Vaccination in Bombay 1889-1901 - 1889-1901
Year: 1889
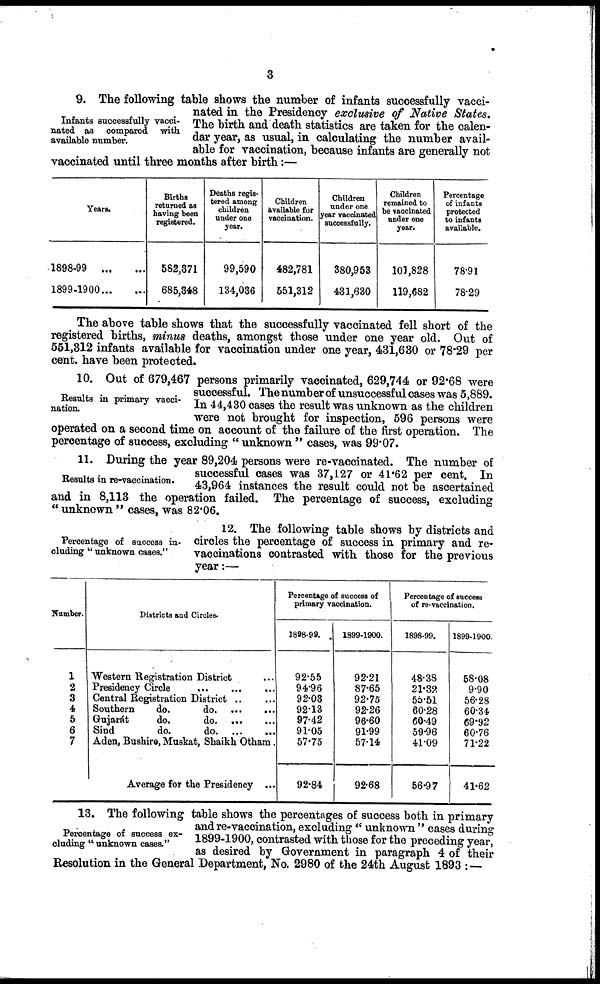
3
Infants successfully vacci-
nated as compared with
available number.
9. The following table shows the number of infants successfully vacci-
nated in the Presidency exclusive of Native States.
The birth and death statistics are taken for the calen-
dar year, as usual, in calculating the number avail-
able for vaccination, because infants are generally not
vaccinated until three months after birth:—
Years.
1898-99
...
...
1899-1900 ... ...
Births
returned as
having been
registered.
582,371
685,348
Deaths regis-
tered among
children
under one
year.
99,590
134,036
Children
available for
vaccination.
482,781
551,312
Children
under one
year vaccinated
successfully.
380,953
431,630
Children
remained to
be vaccinated
under one
year.
103,828
119,682
Percentage
of infants
protected
to infants
available.
78.91
78.29
The above table shows that the successfully vaccinated fell short of the
registered births, minus deaths, amongst those under one year old. Out of
551,312 infants available for vaccination under one year, 431,630 or 78.29 per
cent. have been protected.
Results in primary vacci-
nation.
10. Out of 679,467 persons primarily vaccinated, 629,744 or 92.68 were
successful. The number of unsuccessful cases was 5,889.
In 44,430 cases the result was unknown as the children
were not brought for inspection, 596 persons were
operated on a second time on account of the failure of the first operation. The
percentage of success, excluding " unknown " cases, was 99.07.
Results in re-vaccination.
11. During the year 89,204 persons were re-vaccinated. The number of
successful cases was 37,127 or 41.62 per cent. In
43,964 instances the result could not be ascertained
and in 8,113 the operation failed. The percentage of success, excluding
"unknown" cases, was 82.06.
Percentage of success in-
cluding "unknown cases."
12. The following table shows by districts and
circles the percentage of success in primary and re-
vaccinations contrasted with those for the previous
year:—
Number.
1
2
3
4
5
6
7
Districts and Circles.
Western Registration District ...
Presidency Circle
...
...
...
Central Registration District .. ...
Southern
do.
do. ...
...
Gujarát
do.
do. ... ...
Sind
do.
do
...
...
Aden, Bushire, Muskat, Shaikh Otham
Average for the Presidency ...
Percentage of success of
primary vaccination.
1898-99.
92.55
94.96
92.03
92.13
97.42
91.05
57.75
92.84
1899-1900.
92.21
87.65
92.75
92.26
96.60
91.99
57.14
92.68
Percentage of success
of re-vaccination.
1898-99.
48.38
21.32
55.51
60.28
60.49
59.96
41.09
56.97
1899-1900.
58.08
9.90
56.28
60.34
69.92
60.76
71.22
41.62
Percentage of success ex-
cluding "unknown cases."
13. The following table shows the percentages of success both in primary
and re-vaccination, excluding " unknown " cases during
1899-1900, contrasted with those for the preceding year,
as desired by Government in paragraph 4 of their
Resolution in the General Department, No. 2980 of the 24th August 1893 : —